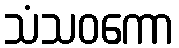
သံသဝကော